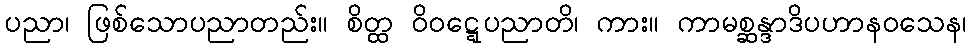
ပညာ၊ ဖြစ်သောပညာတည်း။ စိတ္ထ ဝိဝဋ္ဋေပညာတိ၊ ကား။ ကာမစ္ဆန္ဒာဒိပဟာနဝသေန၊